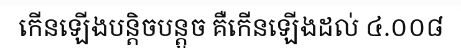
កើនឡើងបន្តិចបន្តួច គឺកើនឡើងដល់ ៤.០០៨